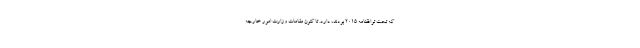
که تحت توافقنامه ۲۰۱۵ بودند، دارد. تا کنون مقامات وزارت امور خارجه